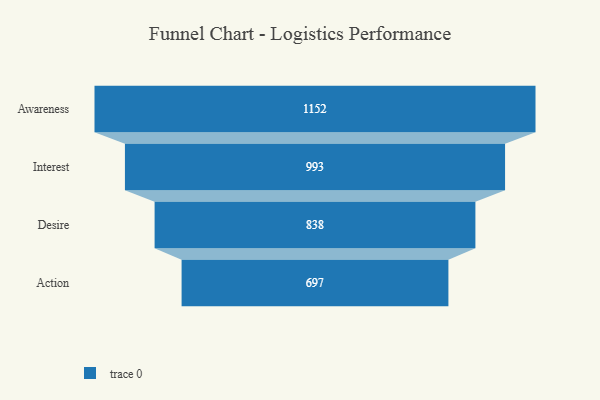
{"axis": {"x": "Stage", "y": "Value"}, "legend": [""], "data": [{"x": "Awareness", "y": 1152.0, "type": ""}, {"x": "Interest", "y": 993.0, "type": ""}, {"x": "Desire", "y": 838.0, "type": ""}, {"x": "Action", "y": 697.0, "type": ""}]}